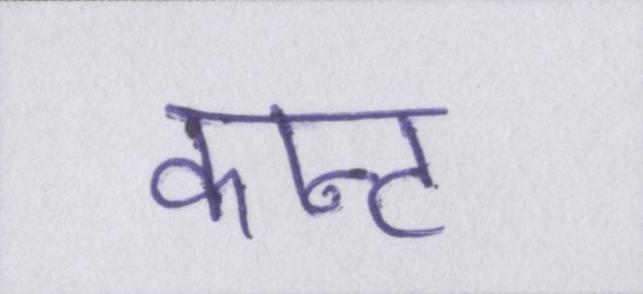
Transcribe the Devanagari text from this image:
कान्ट